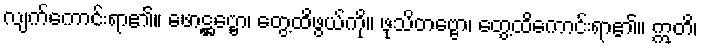
လျက်ကောင်းရာ၏။ ဖောဋ္ဌဗ္ဗော၊ တွေ့ထိဖွယ်ကို။ ဖုသိတဗ္ဗော၊ တွေ့ထိကောင်းရာ၏။ ဣတိ၊